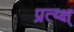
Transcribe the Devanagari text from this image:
प्रत्य्क्ष्